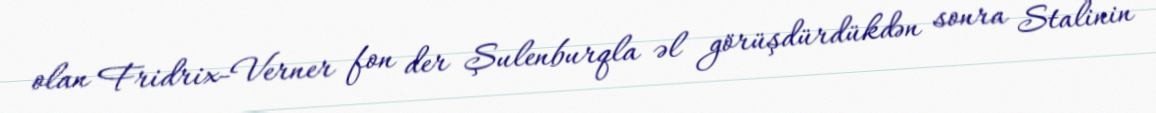
olan Fridrix-Verner fon der Şulenburqla əl görüşdürdükdən sonra Stalinin